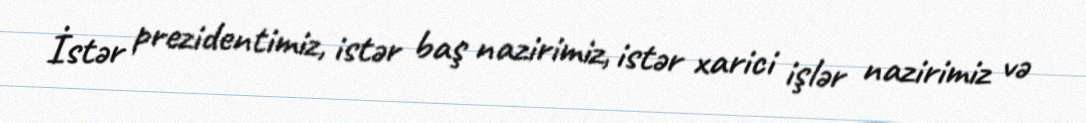
İstər prezidentimiz, istər baş nazirimiz, istər xarici işlər nazirimiz və